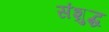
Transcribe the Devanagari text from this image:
संशुद्ध